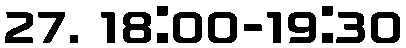
27. 18:00-19:30